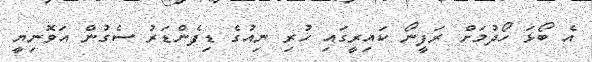
އެ ބޯޅަ ހޯދުމަށް ރަފީނޯ ކައިރީގައި ހުރި ނިއުގެ ޑިފެންޑަރު ސެގުން އަވޮނިޔީ